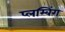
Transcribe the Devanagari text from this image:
प्लम्बिंग